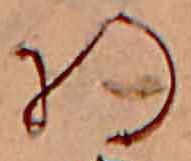
将